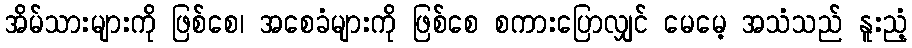
အိမ်သားများကို ဖြစ်စေ၊ အစေခံများကို ဖြစ်စေ စကားပြောလျှင် မေမေ့ အသံသည် နူးညံ့